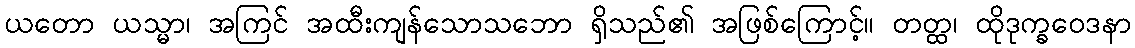
ယတော ယသ္မာ၊ အကြင် အထီးကျန်သောသဘော ရှိသည်၏ အဖြစ်ကြောင့်။ တတ္ထ၊ ထိုဒုက္ခဝေဒနာ